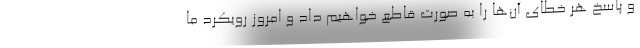
و پاسخ هر خطای آن‌ها را به صورت قاطع خواهیم داد و امروز رویکرد ما